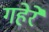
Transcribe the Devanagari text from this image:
गहेरे